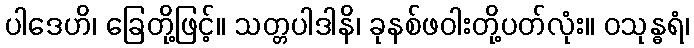
ပါဒေဟိ၊ ခြေတို့ဖြင့်။ သတ္တပါဒါနိ၊ ခုနစ်ဖဝါးတို့ပတ်လုံး။ ဝသုန္ဓရံ၊